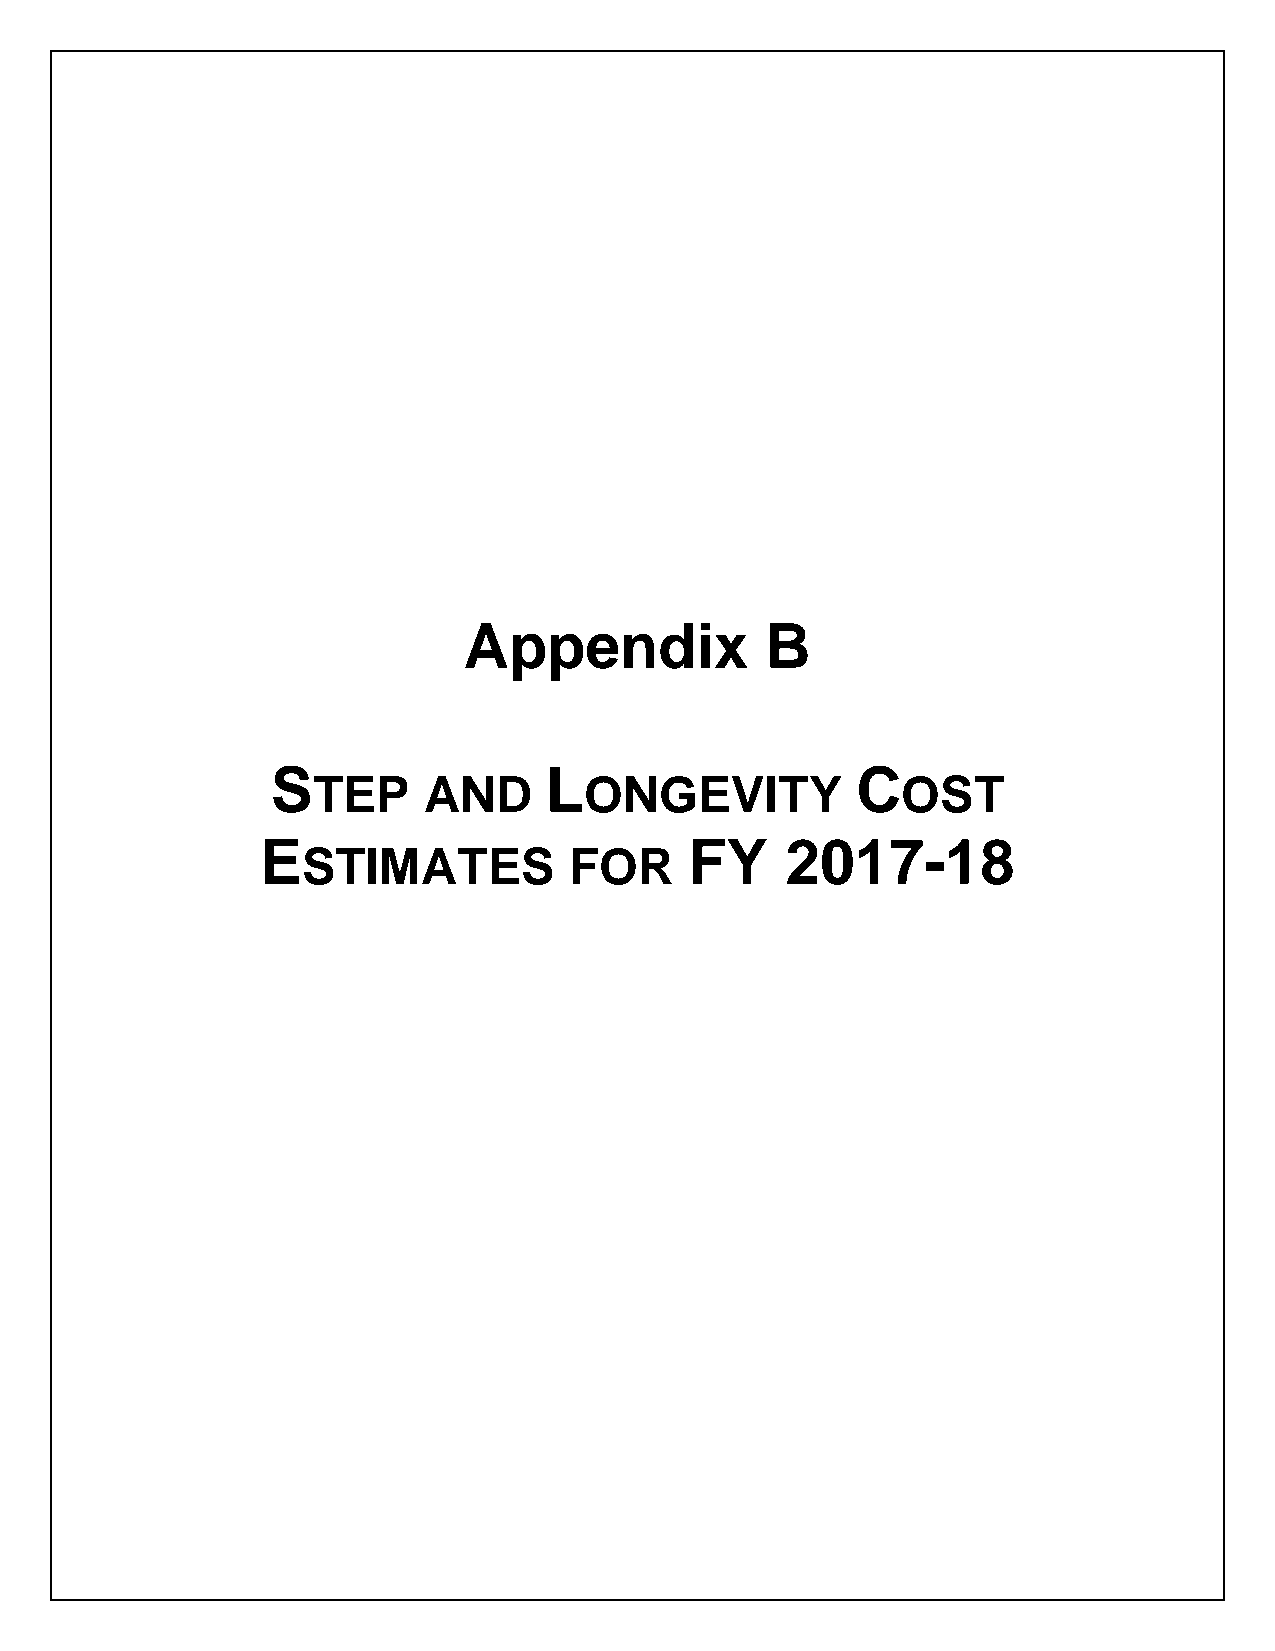
Appendix            B
 S                 L                    C
 TEP    AND        ONGEVITY             OST
 E                            FY    2017-18
 STIMATES          FOR